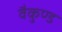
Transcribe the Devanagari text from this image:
वैकुण्ड